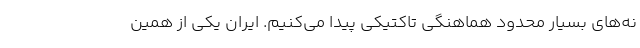
نه‌های بسیار محدود هماهنگی تاکتیکی پیدا می‌کنیم. ایران یکی از همین